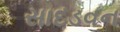
સાદડવન